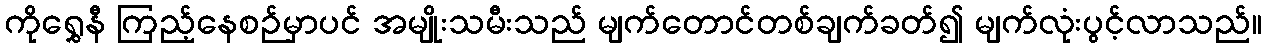
ကိုရွှေနီ ကြည့်နေစဉ်မှာပင် အမျိုးသမီးသည် မျက်တောင်တစ်ချက်ခတ်၍ မျက်လုံးပွင့်လာသည်။